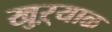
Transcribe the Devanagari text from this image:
खुऱ्याळ